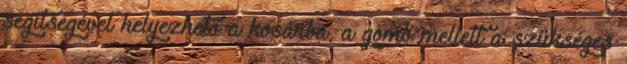
segítségével helyezhető a kosárba, a gomb mellett a szükséges